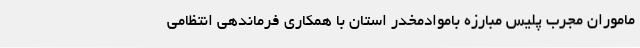
ماموران مجرب پلیس مبارزه باموادمخدر استان با همکاری فرماندهی انتظامی